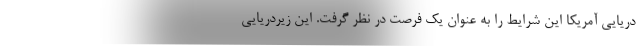
دریایی آمریکا این شرایط را به عنوان یک فرصت در نظر گرفت. این زیردریایی